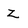
Character: z